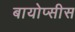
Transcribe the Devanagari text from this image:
बायोप्सीस